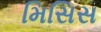
મિસિસ